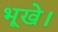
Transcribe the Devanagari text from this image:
भूखे।